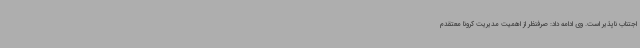
اجتناب ناپذیر است. وی ادامه داد: صرفنظر از اهمیت مدیریت کرونا معتقدم